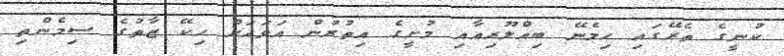
ކުނީގެ ތެރޭގައި ހިމެނޭ ބިއްލޫރިއާއި މުށީގެ އިތުރުން އަވަހަށް ހިކޭ ޒާތުގެ ސިމެންތި